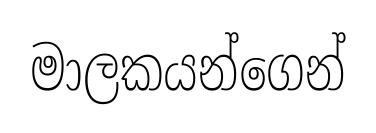
මාලකයන්ගෙන්